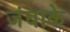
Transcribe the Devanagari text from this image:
जंघाके